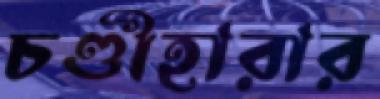
চণ্ডীহারার